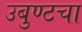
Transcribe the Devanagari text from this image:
उबुण्टचा